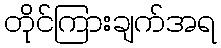
တိုင်ကြားချက်အရ